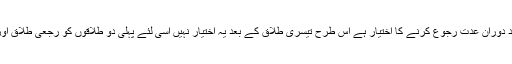
یاد رہے کہ جس طرح مرد کو پہلی اور دوسری طلاق کے بعد دوران عدت رجوع کرنے کا اختیار ہے اس طرح تیسری طلاق کے بعد یہ اختیار نہیں اسی لئے پہلی دو طلاقوں کو رجعی طلاق اور تیسری طلاق کو بائن (مستقل الگ کرنے والی )کہا جاتا ہے۔